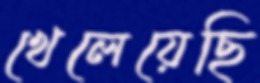
খেলেয়েছি